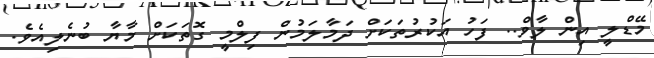
މޭޑްލީ އިން ލާވް.. ފަހު އަކުރުތަކަށް ދަމާލަމުން ފިލްމީ ގޮތަކަށް މާޔާ ބުނެލިއެވެ.